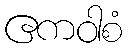
ဧကဝါစံ